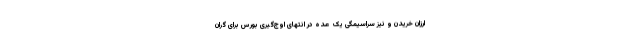
ارزان خریدن و نیز سراسیمگی یک عده در انتهای اوج‌گیری بورس برای گران